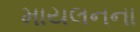
માયલનના